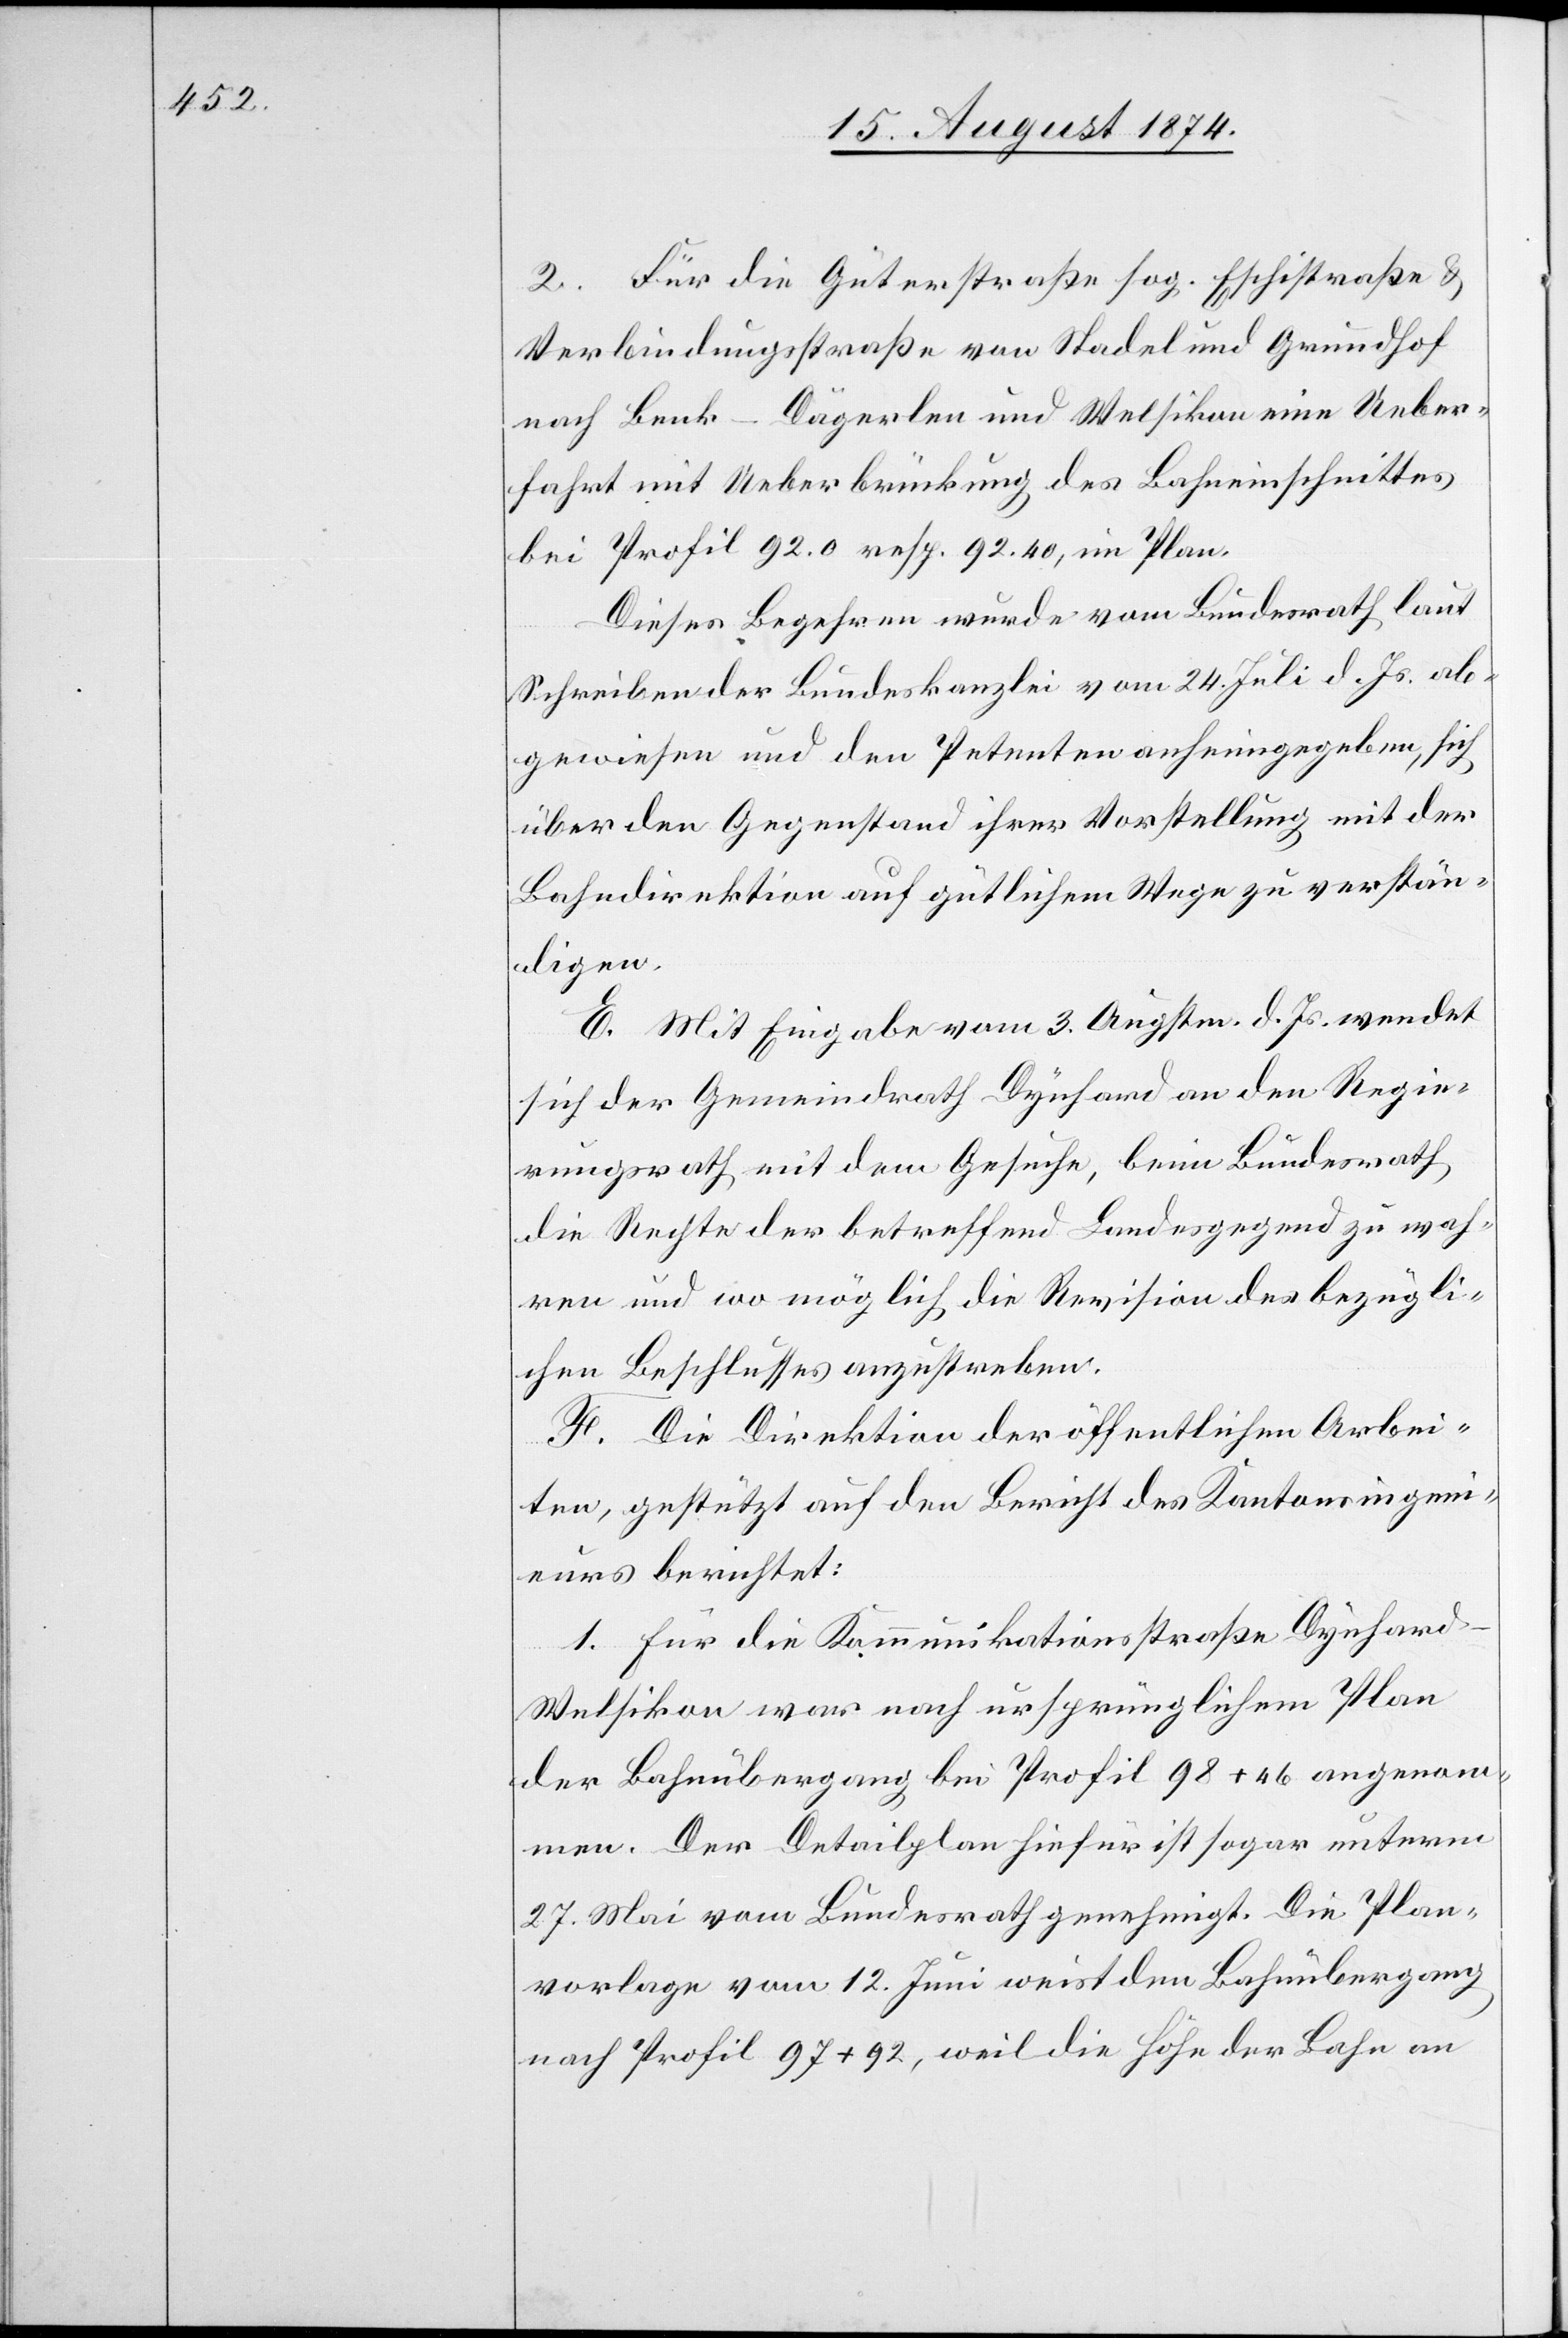
2. Für die Güterstraße sog. Eschistraße u.
Verbindungsstraße von Stadel und Grundhof
nach Benk-Dägerlen und Welsikon eine Ueber¬
fahrt mit Ueberbrückung des Bahneinschnittes
bei Profil 92.0 resp. 92.40, im Plan.
Dieses Begehren wurde vom Bundesrath laut
Schreiben der Bundeskanzlei vom 24. Juli d. Js. ab¬
gewiesen und den Petenten anheimgegeben, sich
über den Gegenstand ihrer Vorstellung mit der
Bahndirektion auf gütlichem Wege zu verstän¬
digen.
E. Mit Eingabe vom 3. August d. Js. wendet
sich der Gemeindrath Dynhard an den Regie¬
rungsrath mit dem Gesuche, beim Bundesrath
die Rechte der betreffend[en] Landesgegend zu wah¬
ren und wo möglich die Revision des bezügli¬
chen Beschlusses anzustreben.
F. Die Direktion der öffentlichen Arbei¬
ten, gestützt auf den Bericht des Kantonsingeni¬
eurs berichtet:
1. Für die Kommunikationsstraße Dynhard–W¬
elsikon war nach ursprünglichem Plan
der Bahnübergang bei Profil 98 1+ 46 angenom¬
men. Der Detailplan hiefür ist sogar unterm
27. Mai vom Bundesrath genehmigt. Die Plan¬
vorlage vom 12. Juni weist dem Bahnübergang
nach Profil 97 + 92 [sic!], weil die Höhe der Bahn an